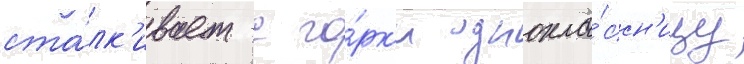
ста́лк'ивает с го́рк'и однокла́ссн'ицу